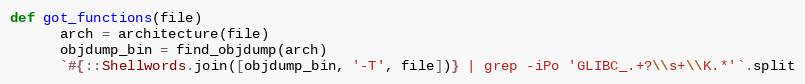
Language: Ruby
def got_functions(file)
      arch = architecture(file)
      objdump_bin = find_objdump(arch)
      `#{::Shellwords.join([objdump_bin, '-T', file])} | grep -iPo 'GLIBC_.+?\\s+\\K.*'`.split